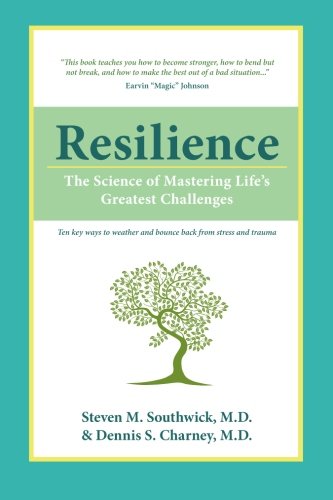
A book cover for Resilience: The Science of Mastering Life's Greatest Challenges; Steven M. Southwick; Health, Fitness & Dieting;